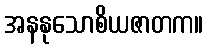
အနနုသောစိယဇာတက။